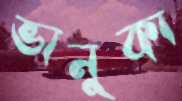
ভানুকা